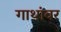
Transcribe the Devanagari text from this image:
गाथांवर